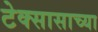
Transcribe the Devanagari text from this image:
टेक्सासाच्या